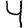
Digit: 4